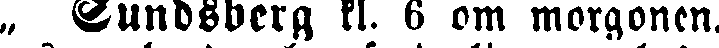
„ Sundsberg kl. 6 om morgonen,